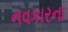
નવકારના